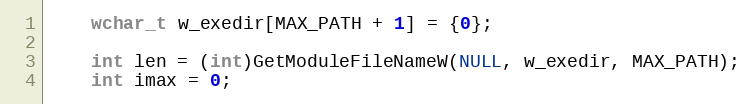
Language: C
    wchar_t w_exedir[MAX_PATH + 1] = {0};

    int len = (int)GetModuleFileNameW(NULL, w_exedir, MAX_PATH);
    int imax = 0;